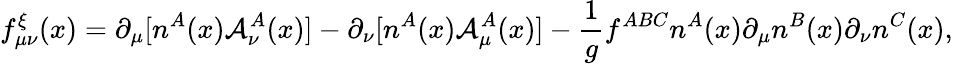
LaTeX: f_{\mu\nu}^{\xi}(x)=\partial_{\mu}[n^{A}(x){\cal A}_{\nu}^{A}(x)]-\partial_{\nu}[n^{A}(x){\cal A}_{\mu}^{A}(x)]-{\frac{1}{g}}f^{ABC}n^{A}(x)\partial_{\mu}n^{B}(x)\partial_{\nu}n^{C}(x),